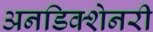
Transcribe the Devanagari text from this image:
अनडिक्शेनरी